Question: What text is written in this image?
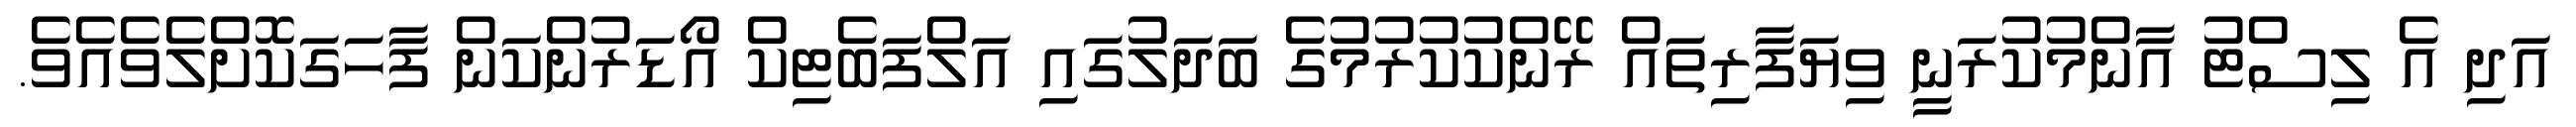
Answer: އަދި އެ ލިސްޓު އާންމުކުރަނީ ވިޔަފާރިތައް ރޭންކުކުރުމުގެ ބަދަލުގައި އަލްފަބެޓިކް އޯޑަރުންކަން ފާހަގަކޮށްލެވެއެވެ.